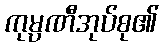
ကုမ္ပဏီအုပ်စု၏